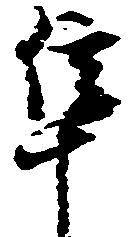
隼